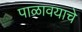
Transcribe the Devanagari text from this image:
पाळावयाचे